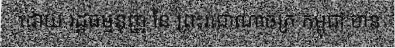
ដោយ រដ្ឋធម្មនុញ្ញ នៃ ព្រះរាជាណាចក្រ កម្ពុជា មាន